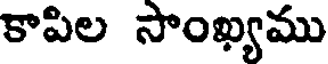
కాపిల సాంఖ్యము